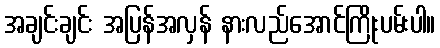
အချင်းချင်း အပြန်အလှန် နားလည်အောင်ကြိုးပမ်းပါ။